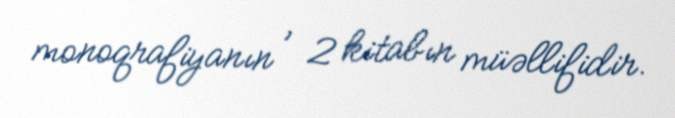
monoqrafiyanın , 2 kitabın müəllifidir.